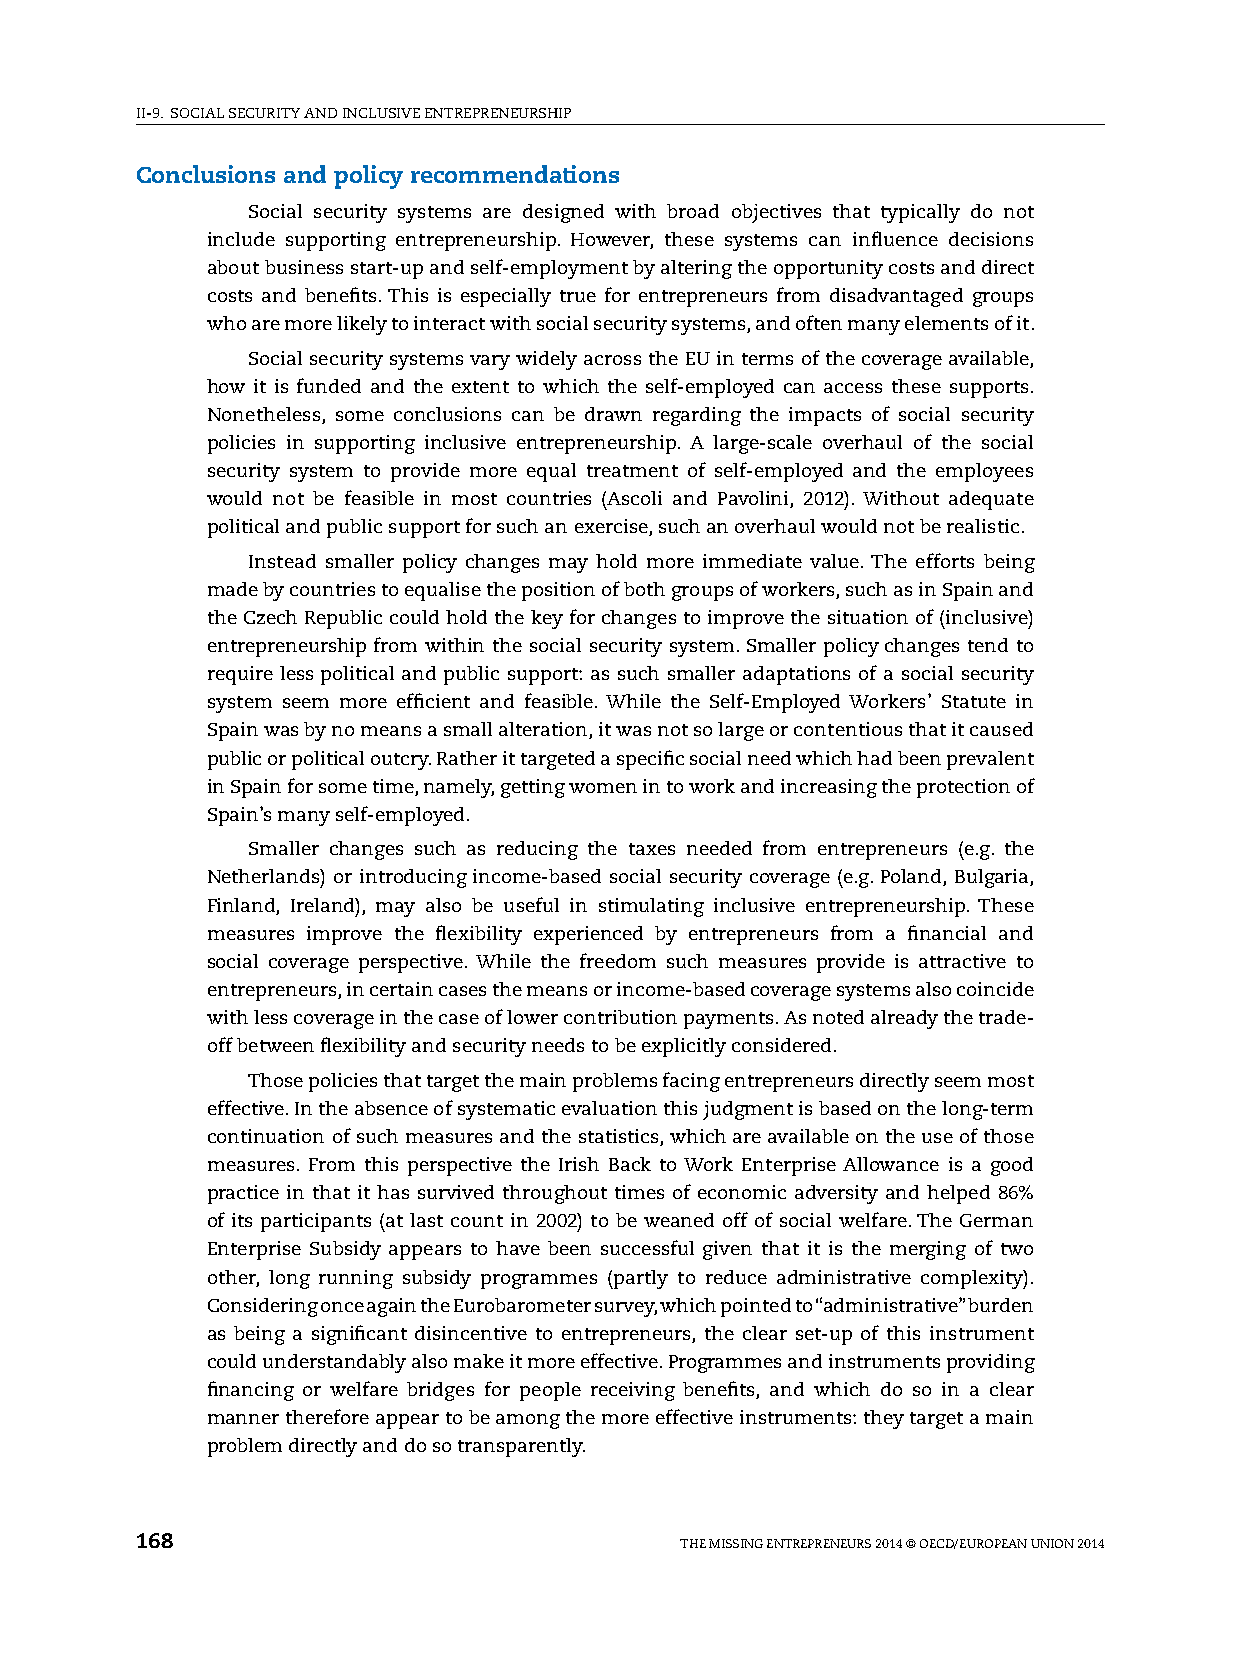
II-9. sOCIAl sECURITy AND INClUsIvE ENTREpRENEURshIp
 Conclusions and policy recommendations
 social security systems are designed with broad objectives that typically do not
 include supporting entrepreneurship. however, these systems can influence decisions
 about business start-up and self-employment by altering the opportunity costs and direct
 costs and benefits. This is especially true for entrepreneurs from disadvantaged groups
 who are more likely to interact with social security systems, and often many elements of it.
 social security systems vary widely across the EU in terms of the coverage available,
 how it is funded and the extent to which the self-employed can access these supports.
 Nonetheless, some conclusions can be drawn regarding the impacts of social security
 policies in supporting inclusive entrepreneurship. A large-scale overhaul of the social
 security system to provide more equal treatment of self-employed and the employees
 would not be feasible in most countries (Ascoli and pavolini, 2012). Without adequate
 political and public support for such an exercise, such an overhaul would not be realistic.
 Instead smaller policy changes may hold more immediate value. The efforts being
 made by countries to equalise the position of both groups of workers, such as in spain and
 the Czech Republic could hold the key for changes to improve the situation of (inclusive)
 entrepreneurship from within the social security system. smaller policy changes tend to
 require less political and public support: as such smaller adaptations of a social security
 system seem more efficient and feasible. While the self-Employed Workers’ statute in
 spain was by no means a small alteration, it was not so large or contentious that it caused
 public or political outcry. Rather it targeted a specific social need which had been prevalent
 in spain for some time, namely, getting women in to work and increasing the protection of
 spain’s many self-employed.
 smaller changes such as reducing the taxes needed from entrepreneurs (e.g. the
 Netherlands) or introducing income-based social security coverage (e.g. poland, Bulgaria,
 Finland, Ireland), may also be useful in stimulating inclusive entrepreneurship. These
 measures improve the flexibility experienced by entrepreneurs from a financial and
 social coverage perspective. While the freedom such measures provide is attractive to
 entrepreneurs, in certain cases the means or income-based coverage systems also coincide
 with less coverage in the case of lower contribution payments. As noted already the trade-
 off between flexibility and security needs to be explicitly considered.
 Those policies that target the main problems facing entrepreneurs directly seem most
 effective. In the absence of systematic evaluation this judgment is based on the long-term
 continuation of such measures and the statistics, which are available on the use of those
 measures. From this perspective the Irish Back to Work Enterprise Allowance is a good
 practice in that it has survived throughout times of economic adversity and helped 86%
 of its participants (at last count in 2002) to be weaned off of social welfare. The German
 Enterprise subsidy appears to have been successful given that it is the merging of two
 other, long running subsidy programmes (partly to reduce administrative complexity).
 Considering once again the Eurobarometer survey, which pointed to “administrative” burden
 as being a significant disincentive to entrepreneurs, the clear set-up of this instrument
 could understandably also make it more effective. programmes and instruments providing
 financing or welfare bridges for people receiving benefits, and which do so in a clear
 manner therefore appear to be among the more effective instruments: they target a main
 problem directly and do so transparently.
 168                                 ThE MIssING ENTREpRENEURs 2014 © OECD/EUROpEAN UNION 2014